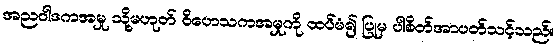
အညဝါဒကအမှု သို့မဟုတ် ဝိဟေသကအမှုကို ထပ်မံ၍ ပြုမှ ပါစိတ်အာပတ်သင့်သည်။